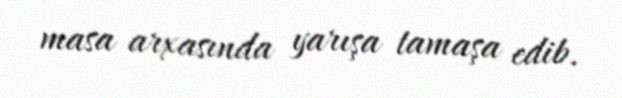
masa arxasında yarışa tamaşa edib.